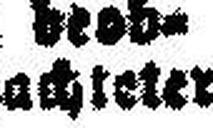
bachteter